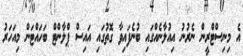
އެ މިނިސްޓްރީން ނެރުނު އިއުލާނެއްގައި ބުނެފައިވާ ގޮތުގައި އައިސް ޕްލާންޓް ބަހައްޓަން މިއަހަރު